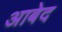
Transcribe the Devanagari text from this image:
अाबेद